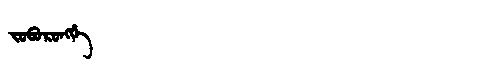
Manchu: ᠵᠣᠪᠣᡵᠣᠩᡤᡝ
Romanization: JOBORONGGE